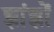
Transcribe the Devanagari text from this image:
झांझों